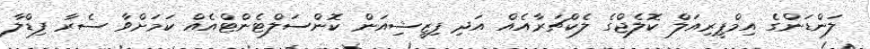
ލަންޑަންގެ އިމްޕީރިއަލް ކޮލެޖްގެ ލެކްޗަރާއެއް އަދި ފިޒީޝިއަން ކޮންސަލްޓެންޓްއެއް ކަމަށްވާ ސެރާ ފިޑްލާ